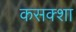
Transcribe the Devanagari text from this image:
कसक्शा